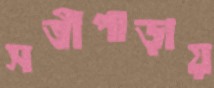
সতীপাড়ায়